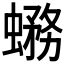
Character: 𧐙